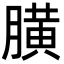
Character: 䐵